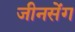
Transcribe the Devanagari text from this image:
जीनसेंग